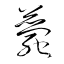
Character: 薨